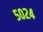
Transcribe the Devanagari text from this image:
५०२४